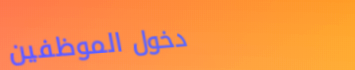
دخول الموظفين